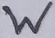
Text: W